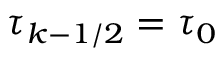
\tau _ { k - 1 / 2 } = \tau _ { 0 }